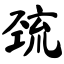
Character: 巯